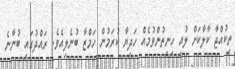
ތިކުއްޖާ ކާލާކަށް ލުއި ހިނިތުންވުމެއް ހަދިޔާ ކުރަމުން ހަމްޒާ ބުނެލިއެވެ. ރައްދުގައި ބުނާނެ